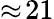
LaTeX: \approx\! 21